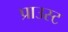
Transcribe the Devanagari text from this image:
प्राउस्ट